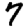
Digit: 7